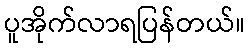
ပူအိုက်လာရပြန်တယ်။